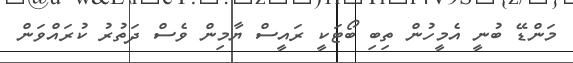
މަންޑޭ ބުނީ އެމީހުން ތިބި ބޯޓަކީ ރައީސް ޔާމިން ވެސް ދަތުރު ކުރައްވަން